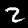
Digit: 2